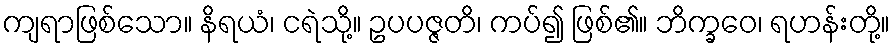
ကျရာဖြစ်သော။ နိရယံ၊ ငရဲသို့။ ဥပပဇ္ဇတိ၊ ကပ်၍ ဖြစ်၏။ ဘိက္ခဝေ၊ ရဟန်းတို့။